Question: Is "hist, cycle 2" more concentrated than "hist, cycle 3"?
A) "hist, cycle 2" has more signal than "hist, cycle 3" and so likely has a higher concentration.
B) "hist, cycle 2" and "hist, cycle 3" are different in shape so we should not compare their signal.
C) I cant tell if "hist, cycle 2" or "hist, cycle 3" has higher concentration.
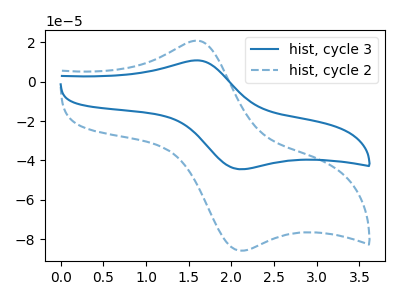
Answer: <think>The blue curve "hist, cycle 3" has an anodic peak at (1.60V, 10.75uA) and a cathodic peak at (2.15V, -44.45uA). The blue dashed curve "hist, cycle 2" has an anodic peak at (1.60V, 20.75uA) and a cathodic peak at (2.15V, -85.75uA).
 All the peaks in "hist, cycle 2" have a peak in "hist, cycle 3" at the same potential. Every peak in "hist, cycle 2" is higher than every peak in "hist, cycle 3".</think>
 <answer>A) "hist, cycle 2" has more signal than "hist, cycle 3" and so likely has a higher concentration.</answer>
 <eval>A</eval>